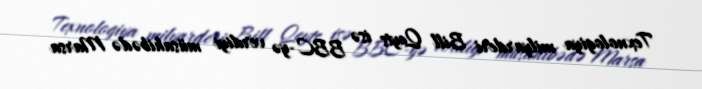
Texnologiya milyarderi Bill Qeyts isə BBC-yə verdiyi müsahibədə Marsa